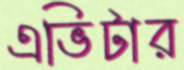
এভিটার